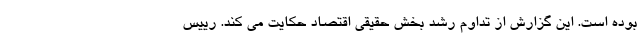
بوده است. این گزارش از تداوم رشد بخش حقیقی اقتصاد حکایت می کند. رییس